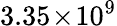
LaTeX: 3.35\! \times\! 10^{9}